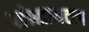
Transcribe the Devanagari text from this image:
सोसायटल